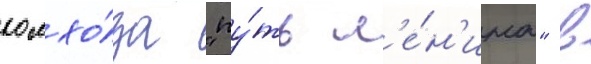
колхо́за "пу́ть л'е́н'ина" в